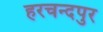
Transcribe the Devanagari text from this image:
हरचन्‍दपुर